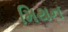
મિથન